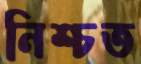
নিশ্চত